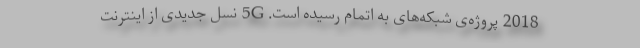
2018 پروژه‌ی شبکه‌های به اتمام رسیده است. 5G نسل جدیدی از اینترنت